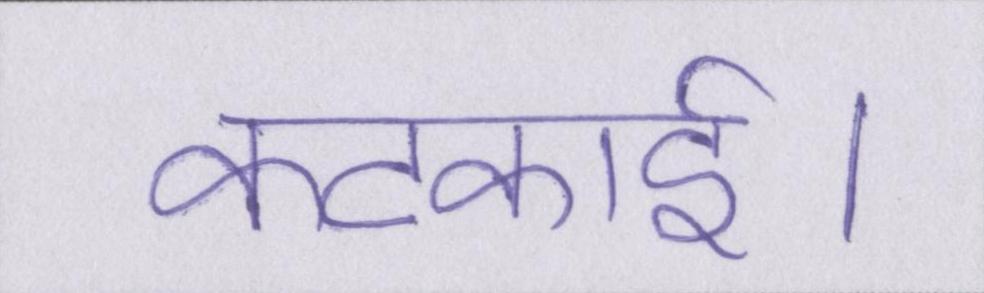
कटकाई।